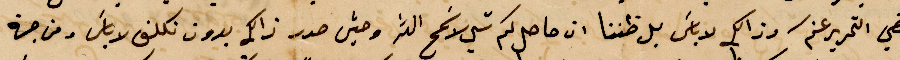
مضي التحرير عنكم وذلك لا بأس لا ظننا ان حاصل كم شي لا سمح الله وحين صدر ذلك بدون تكلف لا بأس ومن جهة